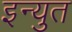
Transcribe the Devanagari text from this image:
इन्युत